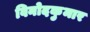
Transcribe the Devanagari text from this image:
विनोदकुमार